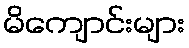
မိကျောင်းများ